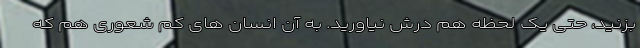
بزنید، حتی یک لحظه هم درش نیاورید. به آن انسان های کم شعوری هم که